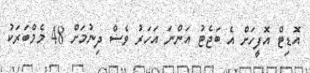
އޮޑިޓް އޮފީހަށް އެ ބަޖެޓު އަންނަ އަހަރު ވެސް ދިނުމަށް 48 މެމްބަރަކު